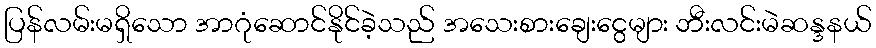
ပြန်လမ်းမရှိသော အာဂုံဆောင်နိုင်ခဲ့သည် အသေးစားချေးငွေများ ဘီးလင်းမဲဆန္ဒနယ်